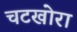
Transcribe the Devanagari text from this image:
चटखोरा